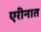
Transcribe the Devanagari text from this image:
एरीनात